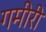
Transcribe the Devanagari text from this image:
गमीरी